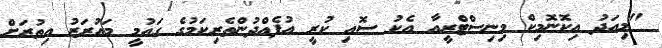
"މިއަދު އިކޮނޮމިކް މިނިސްޓްރީއާ އެކު ސޮއި ކުރީ އުފެއްދުންތެރިކަމުގެ ގައުމީ މައުރަޒު އިތުރަށް